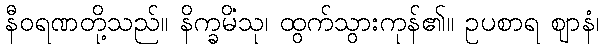
နီဝရဏတို့သည်။ နိက္ခမိံသု၊ ထွက်သွားကုန်၏။ ဥပစာရ ဈာနံ၊